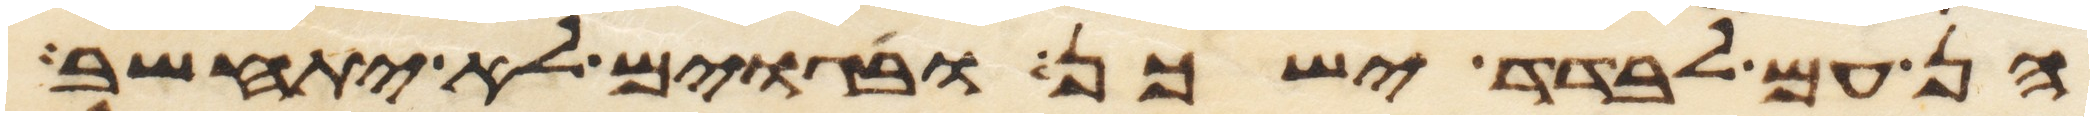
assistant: הן עם לבדד ישכן ובגוים לא יתחשב